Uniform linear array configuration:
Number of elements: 8
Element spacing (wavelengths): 0.75
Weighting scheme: uniform
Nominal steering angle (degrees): -60
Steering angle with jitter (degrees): -60.349
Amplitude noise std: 0.05
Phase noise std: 0.05

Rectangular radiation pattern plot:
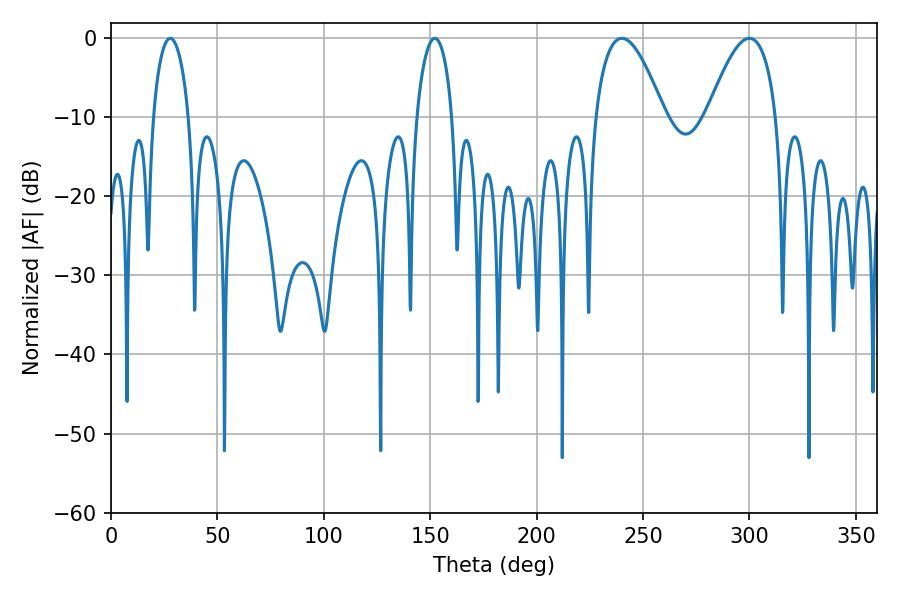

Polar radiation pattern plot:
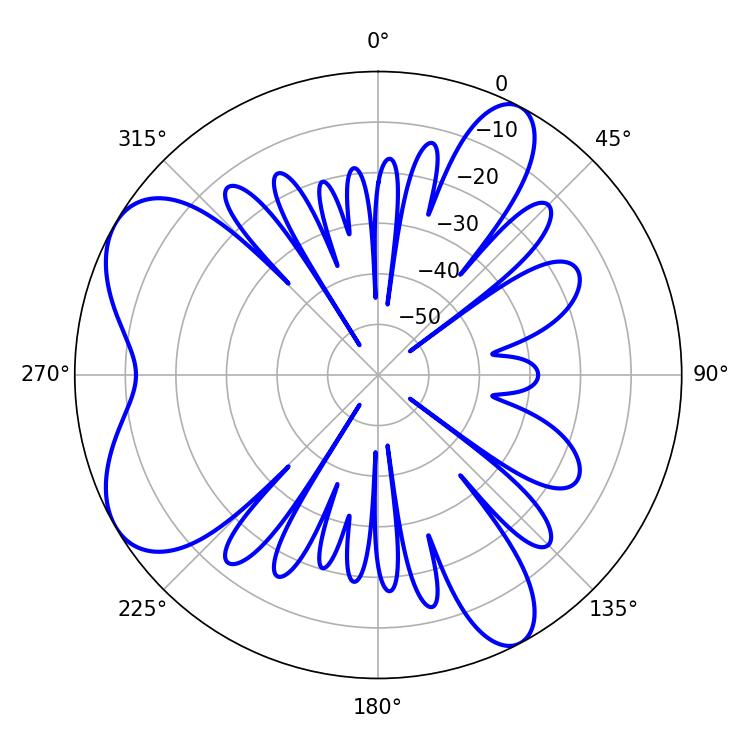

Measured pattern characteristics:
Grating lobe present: TRUE
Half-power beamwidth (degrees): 17.82
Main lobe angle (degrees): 240.12